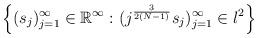
LaTeX: \begin{align*}\left\{(s_j)_{j=1}^{\infty}\in\mathbb R^{\infty}:(j^{\frac{3}{2(N-1)}}s_j)_{j=1}^{\infty}\in l^2\right\}\end{align*}